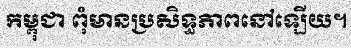
កម្ពុជា ពុំមានប្រសិទ្ធភាពនៅឡើយ។